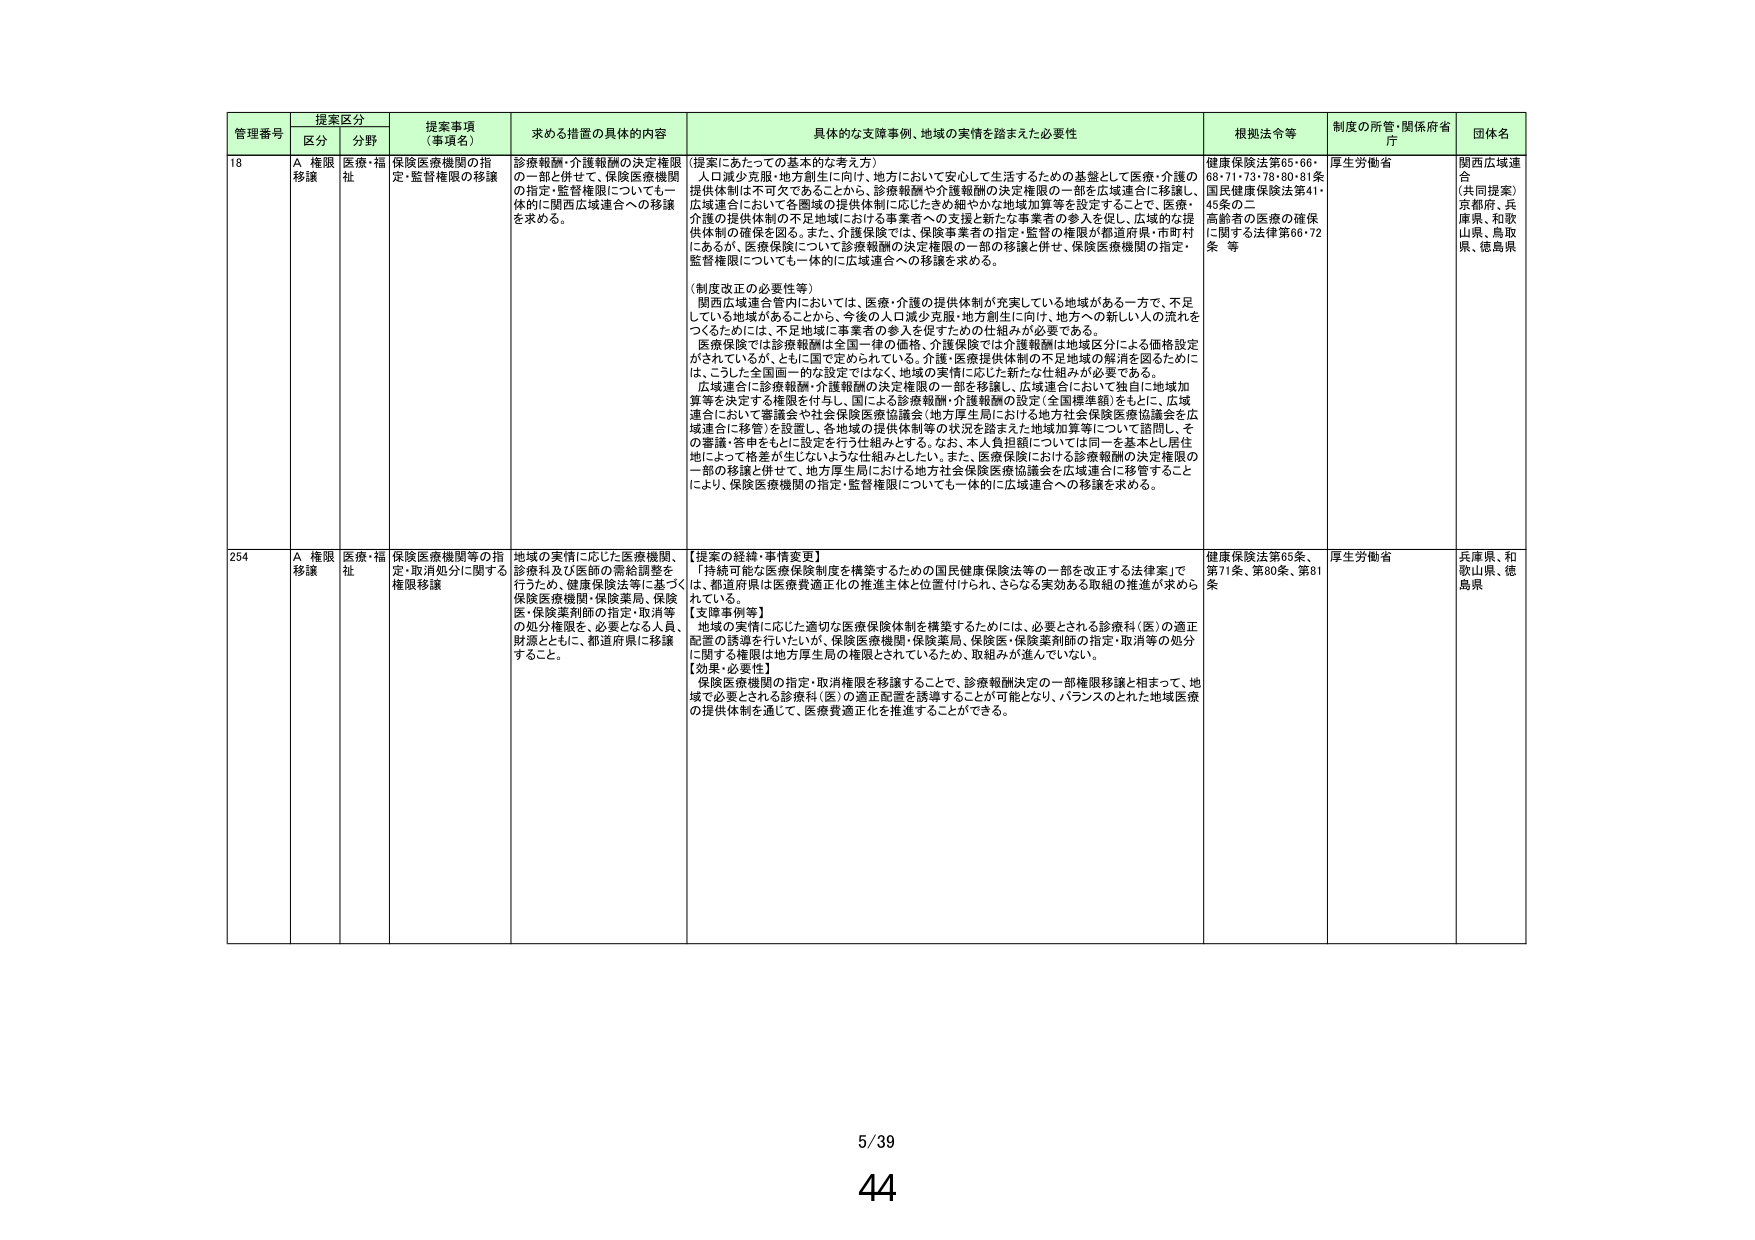
管理番号 提案区分 提案事項（事項名） 求める措置の具体的内容 具体的な支援事例、地域の実情を踏まえた必要性 根拠法令等 制度の所管・関係府省庁 団体名
区分 分野
18 A 権限移譲 医療・福祉 保険医療機関の指定・監督権限の移譲 診療報酬・介護報酬の決定権限の一部と併せて、保険医療機関の指定・監督権限についても一体的に関西広域連合への移譲を求める。 （提案にあたっての基本的な考え方） 人口減少克服・地方創生に向け、地方において安心して生活するための基盤として医療・介護の提供体制は不可欠であることから、診療報酬や介護報酬の決定権限の一部を広域連合に移譲し、広域連合において各領域の提供体制に応じたきめ細やかな地域加算等を設定することで、医療・介護の提供体制の不足地域における事業者への支援と新たな事業者の参入を促し、広域的な提供体制の確保を図る。また、介護保険では、保険事業者の指定・監督が都道府県・市町村にあるが、医療保険について診療報酬の決定権限の一部を移譲と併せ、保険医療機関の指定・監督権限についても一体的に広域連合への移譲を求める。 （制度改正の必要性等） 関西広域連合管内においては、医療・介護の提供体制が充実している地域がある一方で、不足している地域があることから、今後の人口減少克服・地方創生に向け、地方への新しい人の流れをつくるためには、不足地域に事業者の参入を促すための仕組みが必要である。 医療保険では診療報酬は全国一律の価格、介護保険では介護報酬は地域区分による価格設定がされているが、ともに国で定められている。介護・医療提供体制の不足地域の解消を図るために、こうした全国画一的な設定ではなく、地域の実情に応じた新たな仕組みが必要である。 広域連合に診療報酬・介護報酬の決定権限の一部を移譲し、広域連合において独自に地域加算等を決定する権限を付与し、国による診療報酬・介護報酬の設定（全国標準額）をもとに、広域連合において審議会や社会保険医療協議会（地方厚生局における地方社会保険医療協議会を広域連合に移管）を設置し、各地域の提供体制等の状況を踏まえた地域加算等について諮問し、その審議・答申をもとに設定を行う仕組みとする。なお、本人負担額については同一を基本とし、居住地によって格差が生じないような仕組みとしたい。また、医療保険における診療報酬の決定権限の一部の移譲と併せて、地方厚生局における地方社会保険医療協議会を広域連合に移管することにより、保険医療機関の指定・監督権限についても一体的に広域連合への移譲を求める。 健康保険法第65・66・68・71・73・78・80・81条 国民健康保険法第41・45条の二 高齢者の医療の確保に関する法律第66・72条 等 厚生労働省 関西広域連合 （共同提案） 京都府、兵庫県、和歌山県、鳥取県、徳島県
254 A 権限移譲 医療・福祉 保険医療機関等の指定・取消処分に関する権限移譲 地域の実情に応じた医療機関、診療科及び医師の需給調整を行うため、健康保険法等に基づく保険医療機関・保険薬局、保険医・保険薬剤師の指定・取消等の処分権限を、必要となる人員、財源とともに、都道府県に移譲すること。 【提案の経緯・事情変更】 「持続可能な医療保険制度を構築するための国民健康保険法等の一部を改正する法律案」で、都道府県は医療費適正化の推進主体と位置付けられ、さらなる実効ある取組の推進が求められている。 【支援事例等】 地域の実情に応じた適切な医療保険体制を構築するためには、必要とされる診療科（医）の適正配置の誘導を行い、保険医療機関・保険薬局、保険医・保険薬剤師の指定・取消等の処分に関する権限は地方厚生局の権限とされているため、取組みが進んでいない。 【効果・必要性】 保険医療機関の指定・取消権限を移譲することで、診療報酬決定の一部権限移譲と相まって、地域で必要とされる診療科（医）の適正配置を誘導することが可能となり、バランスのとれた地域医療の提供体制を通じて、医療費適正化を推進することができる。 健康保険法第65条、第71条、第80条、第81条 厚生労働省 兵庫県、和歌山県、徳島県
5/39
44